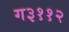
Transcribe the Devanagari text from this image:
ग३११२